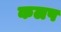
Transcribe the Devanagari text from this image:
कलप